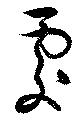
處